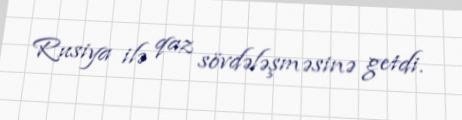
Rusiya ilə qaz sövdələşməsinə getdi.